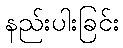
နည်းပါးခြင်း